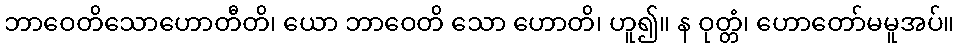
ဘာဝေတိသောဟောတီတိ၊ ယော ဘာဝေတိ သော ဟောတိ၊ ဟူ၍။ န ဝုတ္တံ၊ ဟောတော်မမူအပ်။